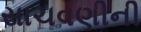
સાચવણીની